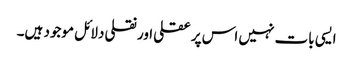
ایسی بات نہیں اس پر عقلی اور نقلی دلائل موجود ہیں۔